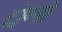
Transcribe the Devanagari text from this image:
ट्रोप्पो